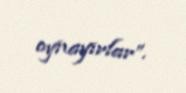
oynayırlar”.